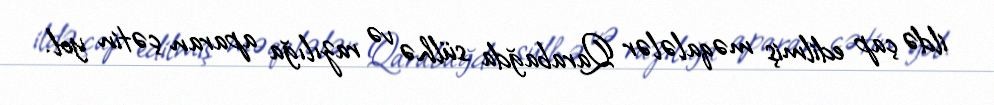
ildə çap edilmiş məqalələr Qarabağda sülhə və razılığa aparan çətin yol.